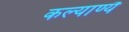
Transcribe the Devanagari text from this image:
कल्याण्यै